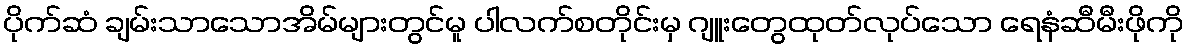
ပိုက်ဆံ ချမ်းသာသောအိမ်များတွင်မူ ပါလက်စတိုင်းမှ ဂျူးတွေထုတ်လုပ်သော ရေနံဆီမီးဖိုကို